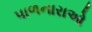
પાળનારાઓ